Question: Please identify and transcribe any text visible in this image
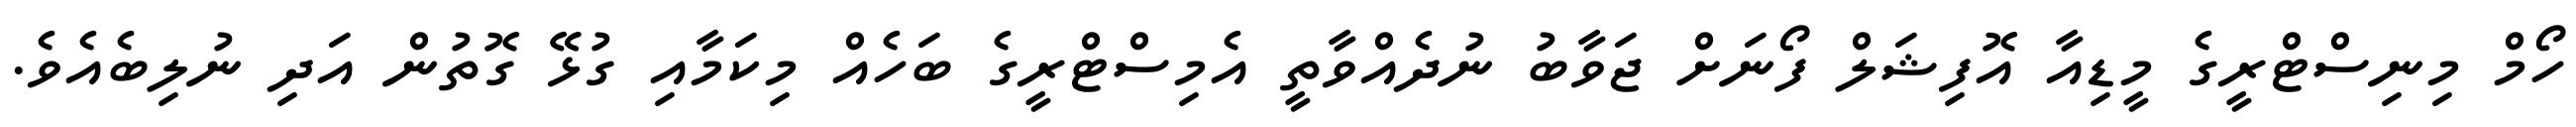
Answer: ހޯމް މިނިސްޓްރީގެ މީޑިއާ އޮފިޝަލް ފޯނަށް ޖަވާބު ނުދެއްވާތީ އެމިސްޓްރީގެ ބަހެއް މިކަމާއި ގުޅޭ ގޮތުން އަދި ނުލިބެއެވެ.